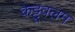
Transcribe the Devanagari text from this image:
केट्टूवलम